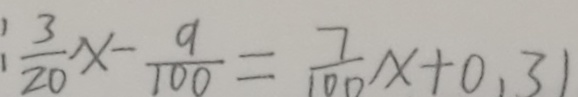
\frac { 3 } { 2 0 } x - \frac { 9 } { 1 0 } = \frac { 7 } { 1 0 } x + 0 . 3 1